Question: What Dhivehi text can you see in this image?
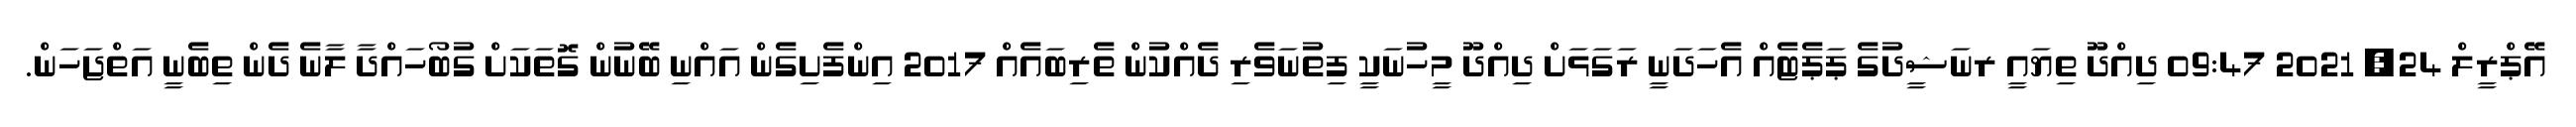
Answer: އޭޕްރީލް 24, 2021 09:47 ދިއްދޫ ތިޔައީ ރނަޝީދުގެ ޕަޕެޓެއް އެހަދަނީ ރަގަޅަށް ދިއްދޫ މީހުނަކީ ފިތުނަވެރި ދެއްކުން ތެރިބައެއް 2017 އިންފެށިގެން އައްނި ބޭނުން ގޮތަކަށް ގުބޯހައްދާ ލާނެ ދެން ތިބެނީ އަތްޖަހަން.